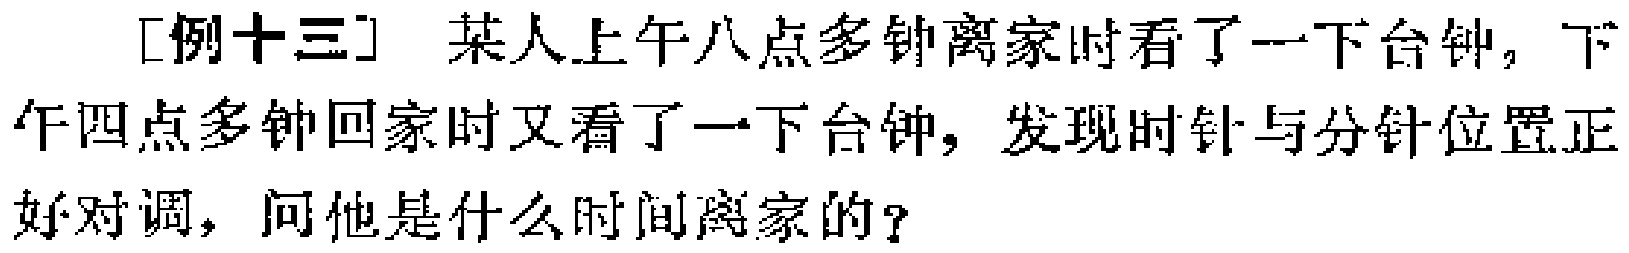
[例十三] 某人上午八点多钟离家时看了一下台钟，下午四点多钟回家时又看了一下台钟，发现时针与分针位置正好对调，问他是什么时间离家的？